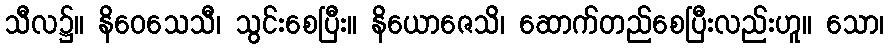
သီလ၌။ နိဝေသေသီ၊ သွင်းစေပြီး။ နိယောဇေသိ၊ ဆောက်တည်စေပြီးလည်းဟူ။ သော၊